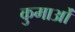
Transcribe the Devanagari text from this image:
कुमाओं